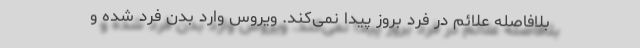
بلافاصله علائم در فرد بروز پیدا نمی‌کند. ویروس وارد بدن فرد شده و